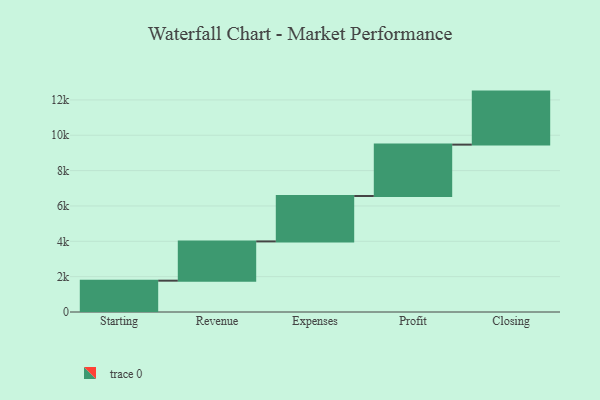
{"axis": {"x": "Step", "y": "Value"}, "legend": [""], "data": [{"x": "Starting", "y": 1773.0, "type": ""}, {"x": "Revenue", "y": 2221.0, "type": ""}, {"x": "Expenses", "y": 2571.0, "type": ""}, {"x": "Profit", "y": 2906.0, "type": ""}, {"x": "Closing", "y": 3000, "type": ""}]}